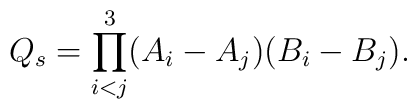
Q_s=\prod^3_{i<j} (A_i-A_j)(B_i-B_j).